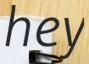
hey